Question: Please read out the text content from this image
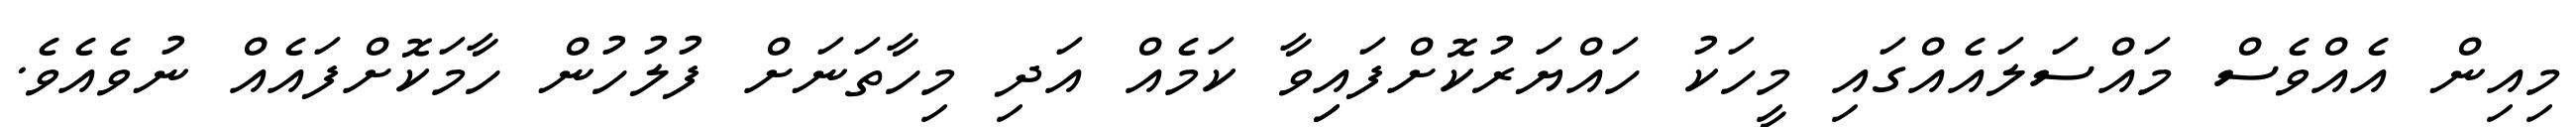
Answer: މިއިން އެއްވެސް މައްސަލައެއްގައި މީހަކު ހައްޔަރުކޮށްފައިިވާ ކަމެއް އަދި މިހާތަނަށް ފުލުހުން ހާމަކޮށްފައެއް ނުވެއެވެ.